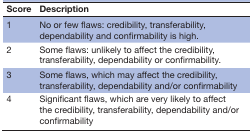
<table><thead><tr><td><b>Score</b></td><td><b>Description</b></td></tr></thead><tbody><tr><td>1</td><td>No or few flaws: credibility, transferability, dependability and confirmability is high.</td></tr><tr><td>2</td><td>Some flaws: unlikely to affect the credibility, transferability, dependability or confirmability.</td></tr><tr><td>3</td><td>Some flaws, which may affect the credibility, transferability, dependability and/or confirmability</td></tr><tr><td>4</td><td>Significant flaws, which are very likely to affect the credibility, transferability, dependability and/or confirmability</td></tr></tbody></table>